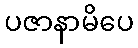
ပဇာနာမိပေ